Madras plague regulations and rules - Volume 2
Disease focus: Plague
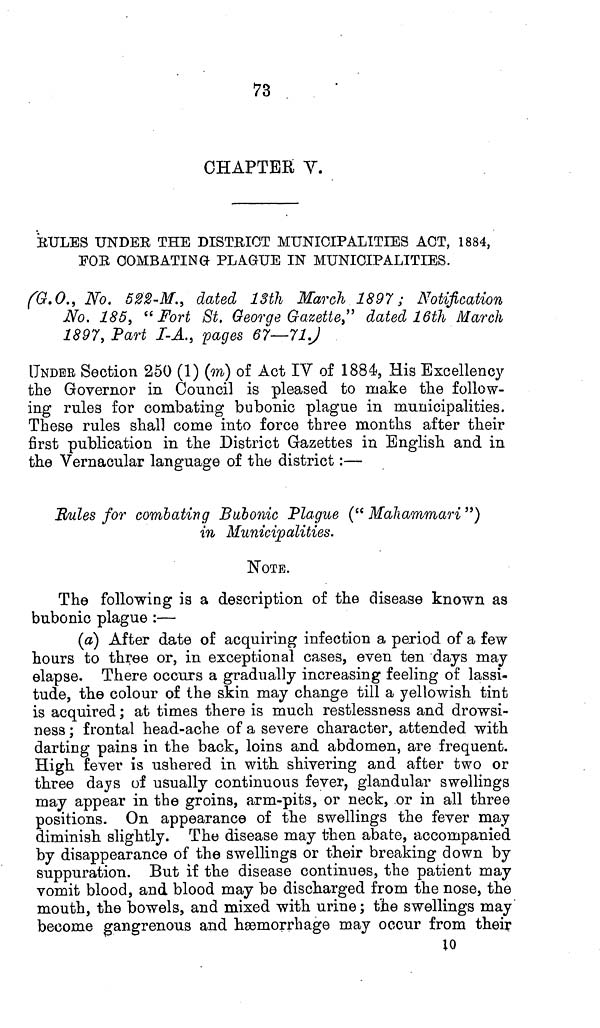
73
CHAPTER V.
RULES UNDER THE DISTRICT MUNICIPALITIES ACT, 1884,
FOR COMBATING PLAGUE IN MUNICIPALITIES.
(G.O., No. 522-M., dated 13th March 1897; Notification
No. 185, "Fort St. George Gazette," dated 16th March
1897, Part I-A., pages 67—71.)
UNDER Section 250 (1) (m) of Act IV of 1884, His Excellency
the Governor in Council is pleased to make the follow-
ing rules for combating bubonic plague in municipalities.
These rules shall come into force three months after their
first publication in the District Gazettes in English and in
the Vernacular language of the district:—
Rules for combating Bubonic Plague (" Mahammari ")
in Municipalities.
NOTE.
The following is a description of the disease known as
bubonic plague :—
(a) After date of acquiring infection a period of a few
hours to three or, in exceptional cases, even ten days may
elapse. There occurs a gradually increasing feeling of lassi-
tude, the colour of the skin may change till a yellowish tint
is acquired; at times there is much restlessness and drowsi-
ness ; frontal head-ache of a severe character, attended with
darting pains in the back, loins and abdomen, are frequent.
High fever is ushered in with shivering and after two or
three days of usually continuous fever, glandular swellings
may appear in the groins, arm-pits, or neck, or in all three
positions. On appearance of the swellings the fever may
diminish slightly. The disease may then abate, accompanied
by disappearance of the swellings or their breaking down by
suppuration. But if the disease continues, the patient may
vomit blood, and blood may be discharged from the nose, the
mouth, the bowels, and mixed with urine; the swellings may
become gangrenous and hæmorrhage may occur from their
10